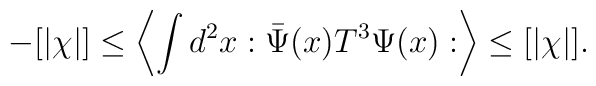
-[\vert\chi\vert]\leq \left\langle\int d^2x :\bar\Psi(x)T^3\Psi(x):\right\rangle\leq [\vert\chi\vert].